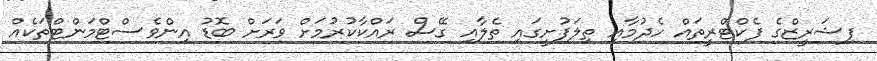
ފިޝަރީޒްގެ ފެކްޓްރީތައް ހެދުމާއި ތިލަފުށީގައި ތެލާއި ގޭސް ރައްކާކުރުމަށް ވަރަށް ބޮޑު އިންވެސްޓްމަންޓްތަކެއް